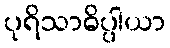
ပုရိသာဓိပ္ပါယာ